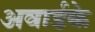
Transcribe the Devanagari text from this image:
अवार्डके